65_HS1-834228961_62-HQ-83894_Section_6
Agency: FBI
Page 94
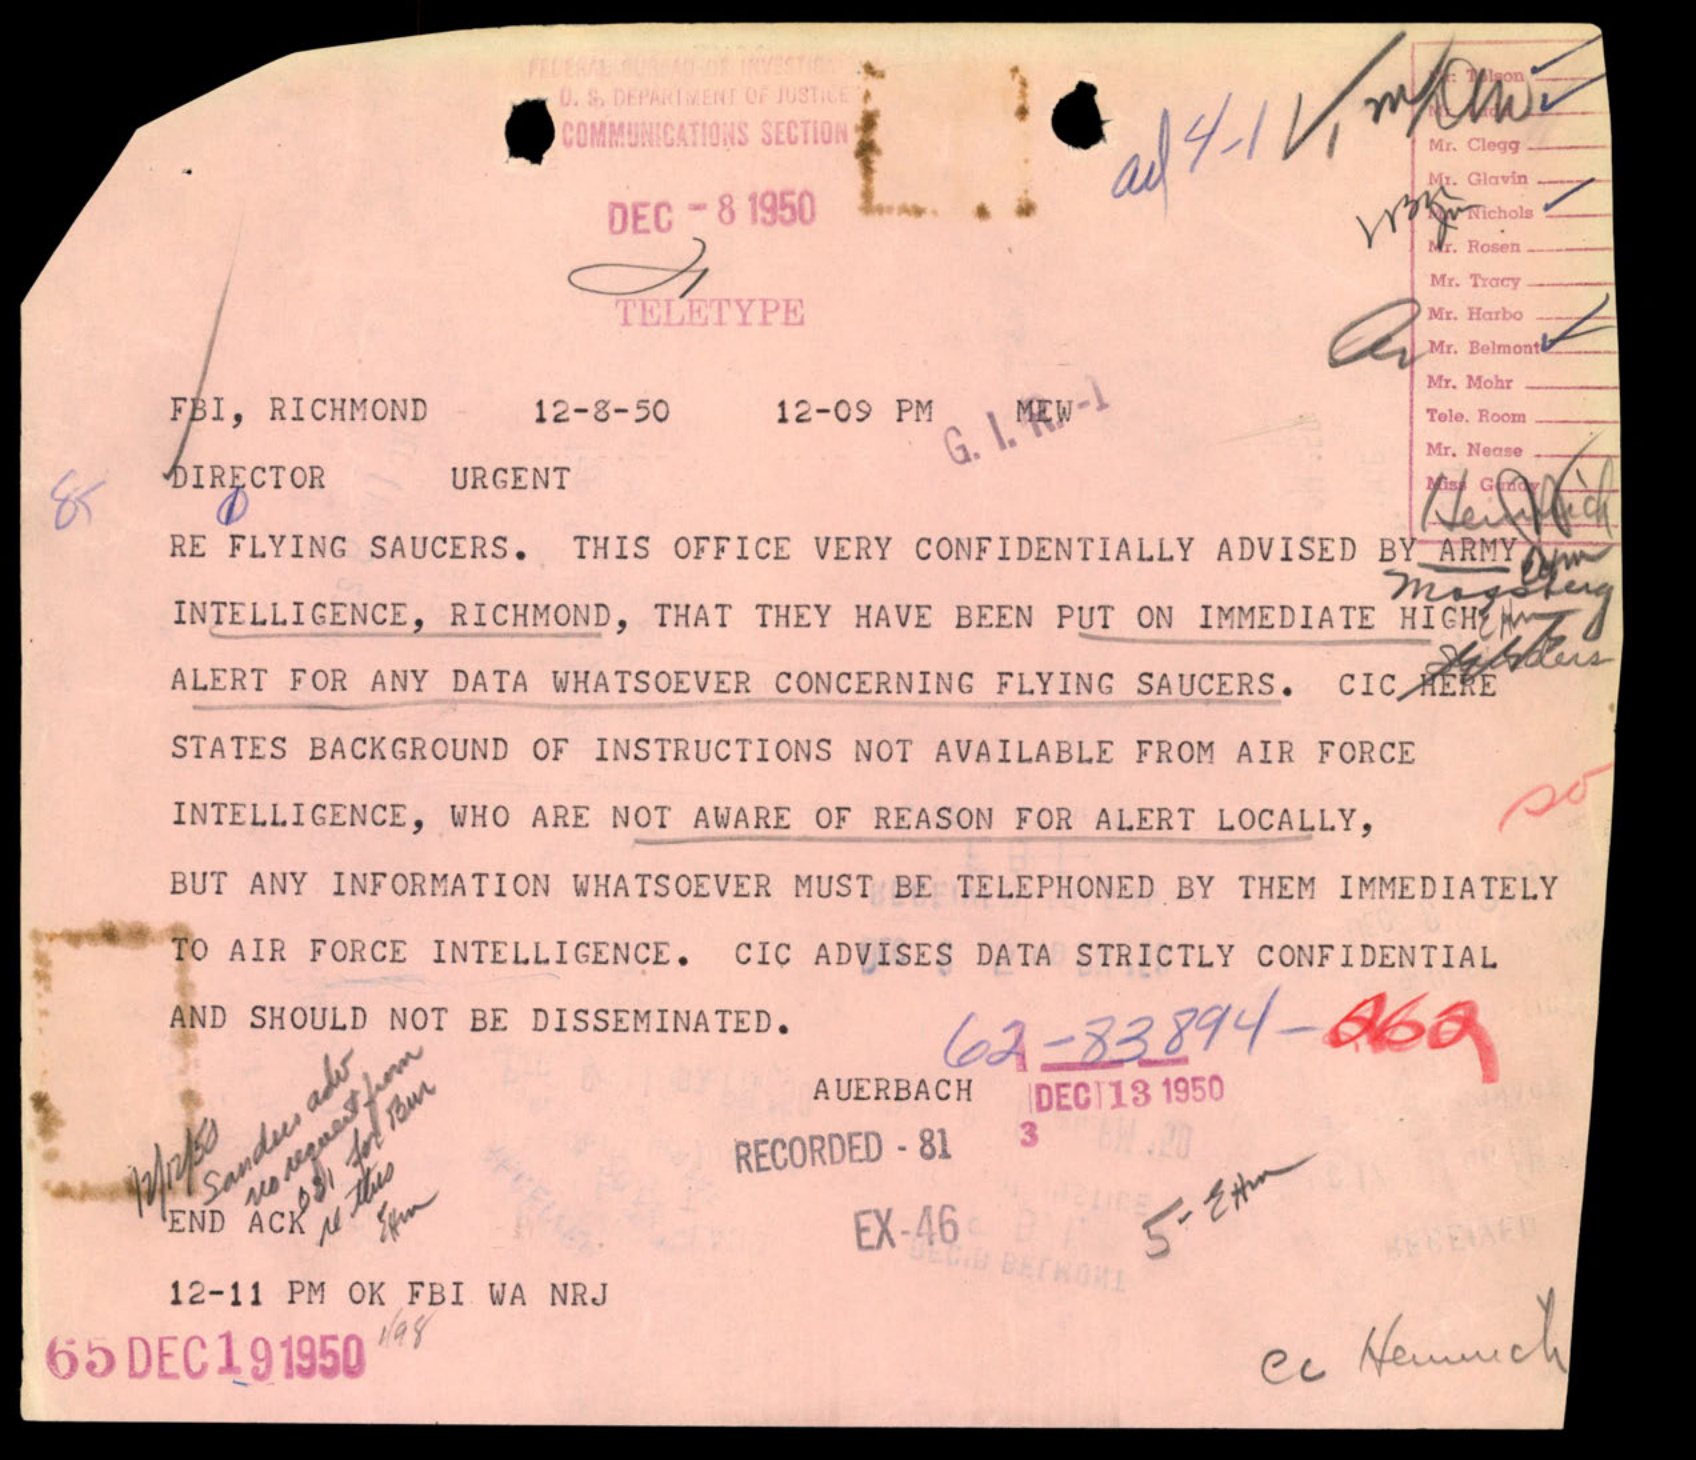